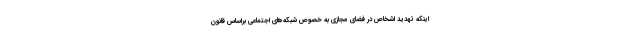
اینکه تهدید اشخاص در فضای مجازی به خصوص شبکه‌های اجتماعی براساس قانون